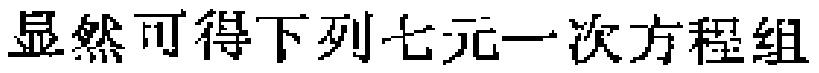
显然可得下列七元一次方程组